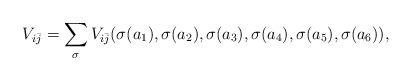
LaTeX: \begin{align*}V_{i\bar j} = \sum_{\sigma} V_{i\bar j}( \sigma(a_1), \sigma(a_2), \sigma(a_3), \sigma(a_4), \sigma(a_5), \sigma(a_6) ), \end{align*}